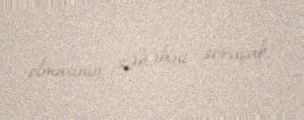
olmasının səbəbini soruşub.